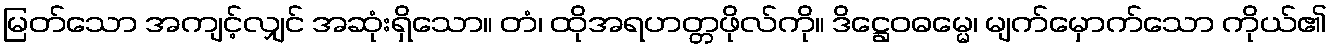
မြတ်သော အကျင့်လျှင် အဆုံးရှိသော။ တံ၊ ထိုအရဟတ္တဖိုလ်ကို။ ဒိဋ္ဌေဝဓမ္မေ၊ မျက်မှောက်သော ကိုယ်၏